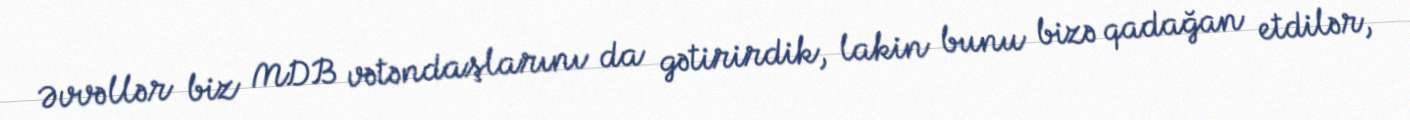
Əvvəllər biz MDB vətəndaşlarını da gətirirdik, lakin bunu bizə qadağan etdilər,